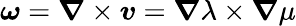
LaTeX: \boldsymbol{\omega}=\boldsymbol{\nabla}\times\boldsymbol{v}=\boldsymbol{\nabla}\lambda\times\boldsymbol{\nabla}\mu